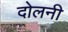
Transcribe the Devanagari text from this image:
दोलनी